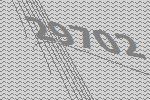
29702